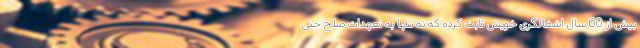
بیش از 60 سال اشغالگری خویش ثابت کرده که نه تنها به تعهدات صلح حتی